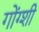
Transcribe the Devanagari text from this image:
गोंग्शी